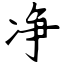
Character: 净